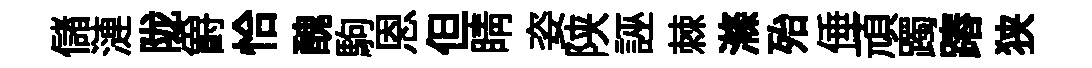
儲漣陇爵恰醜駒恩但睛姿陕誣棘滌殆倕頑躅蹖狭